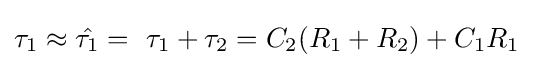
\tau _{1}\approx {\hat {\tau _{1}}}=\ \tau _{1}+\tau _{2}=C_{2}(R_{1}+R_{2})+C_{1}R_{1}\